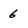
Character: 6